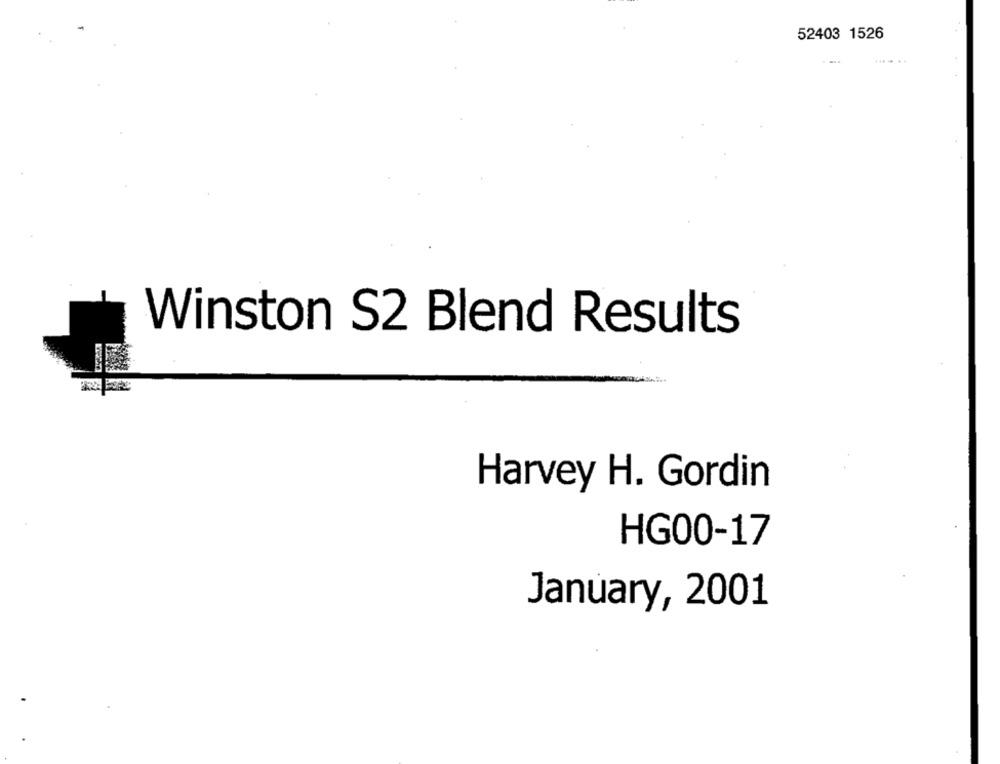
52403 1526
Winston S2 Blend Results
Harvey H. Gordin
HG00-17
January, 2001